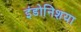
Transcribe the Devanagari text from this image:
इंडोनिशया